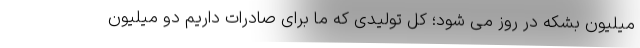
میلیون بشکه در روز می شود؛ کل تولیدی که ما برای صادرات داریم دو میلیون